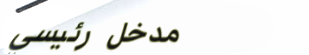
مدخل رئيسي